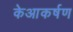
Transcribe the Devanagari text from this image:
केआकर्षण